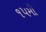
૧૫મી